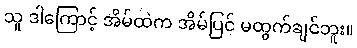
သူ ဒါကြောင့် အိမ်ထဲက အိမ်ပြင် မထွက်ချင်ဘူး။